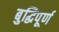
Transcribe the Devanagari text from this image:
बुद्धिपूर्ण